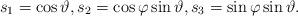
LaTeX: \begin{align*}s_1=\cos \vartheta,s_2=\cos \varphi \sin \vartheta,s_3=\sin \varphi\sin\vartheta.\end{align*}